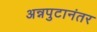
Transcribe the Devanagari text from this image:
अन्नपुटानंतर